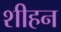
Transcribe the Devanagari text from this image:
शीहन